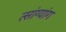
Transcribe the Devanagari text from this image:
त्सांग्यांग